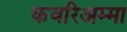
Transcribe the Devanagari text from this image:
कवरिअम्मा